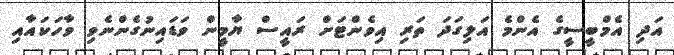
އަދި އެމްބީސީގެ އެންމެ އަލިގަދަ ތަރި އިވެންޓަށް ރައީސް ޔާމީން ވަޑައިނުގެންނެވި ވާހަކައާއި